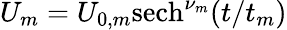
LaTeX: U_{m}=U_{0,m}\mathrm{{sech}}^{\nu_{m}}(t/t_{m})